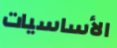
الأساسيات